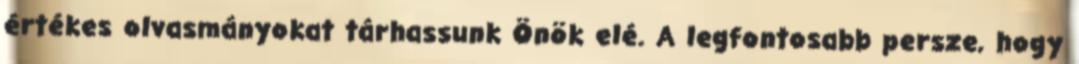
értékes olvasmányokat tárhassunk Önök elé. A legfontosabb persze, hogy